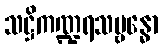
သဋ္ဌိကဏ္ဍရသမ္ဗန္ဓော